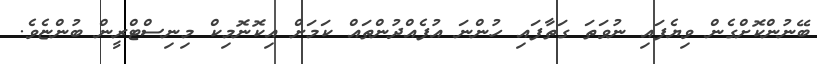
ބޭނުންކޮށްގެން ވިޔެފައި ނުވަތަ ގަތާފައި ހުންނަ އުފެއްދުންތައް ކަމަށް އިކޮނޮމިކް މިނިސްޓްރީން ބުންޏެވެ.